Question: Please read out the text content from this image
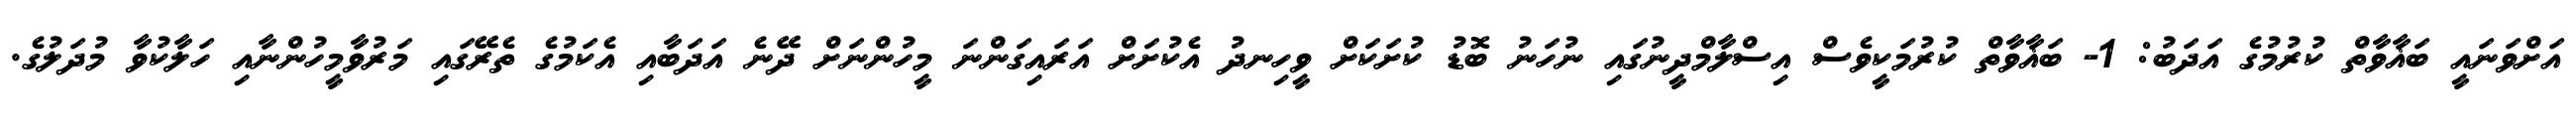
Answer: އަށްވަނައީ ބަޣާވާތް ކުރުމުގެ އަދަބު: 1- ބަޣާވާތް ކުރުމަކީވެސް އިސްލާމްދީނުގައި ނުހަނު ބޮޑު ކުށަކަށް ވީހިނދު އެކުށަށް އަރައިގަންނަ މީހުންނަށް ދޭނެ އަދަބާއި އެކަމުގެ ތެރޭގައި މަރުވާމީހުންނާއި ހަލާކުވާ މުދަލުގެ.